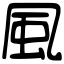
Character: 風